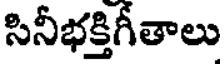
సినీభక్తిగీతాలు